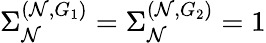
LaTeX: \Sigma_{\mathcal{N}}^{(\mathcal{N},G_{1})}=\Sigma_{\mathcal{N}}^{(\mathcal{N},G_{2})}=1